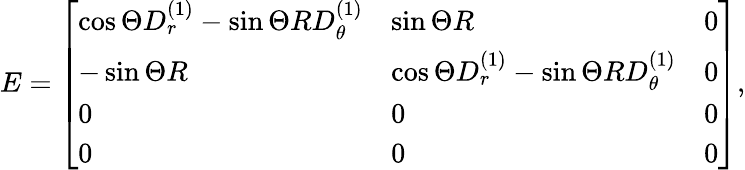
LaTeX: E=\left[\begin{array}{lll}{\cos{\Theta}D_{r}^{(1)}-\sin{\Theta}RD_{\theta}^{(1)}}&{\sin{\Theta}R}&{0}\\ {-\sin{\Theta}R}&{\cos{\Theta}D_{r}^{(1)}-\sin{\Theta}RD_{\theta}^{(1)}}&{0}\\ {0}&{0}&{0}\\ {0}&{0}&{0}\end{array}\right],